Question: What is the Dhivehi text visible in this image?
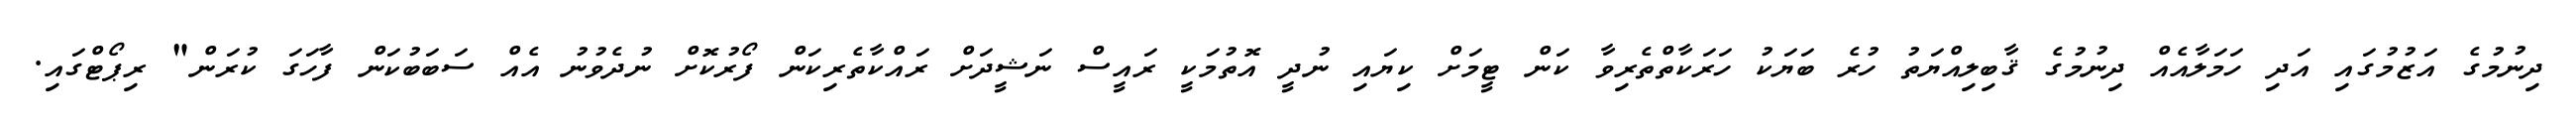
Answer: ދިނުމުގެ އަޒުމުގައި އަދި ހަމަލާއެއް ދިނުމުގެ ޤާބިލިއްޔަތު ހުރެ ބަޔަކު ހަރަކާތްތެރިވާ ކަން ޓީމަށް ކިޔައި ނުދީ އޮތުމަކީ ރައީސް ނަޝީދަށް ރައްކާތެރިކަން ފޯރުކޮށް ނުދެވުނު އެއް ސަބަބުކަން ފާހަގަ ކުރަން" ރިޕޯޓްގައި.